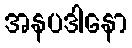
အနပဒါနော